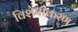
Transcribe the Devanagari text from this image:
विशेषीेकरण